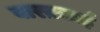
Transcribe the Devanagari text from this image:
बारक़ज़ई